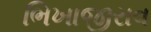
ભિખાજીરાવ